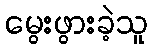
မွေးဖွားခဲ့သူ